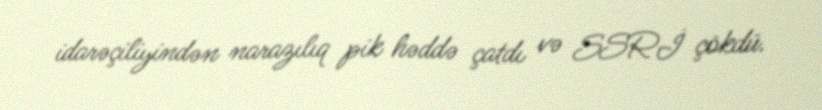
idarəçiliyindən narazılıq pik həddə çatdı və SSRİ çökdü.